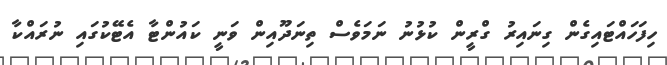
ހިފަހައްޓައިގެން ގިނައިރު ގްރީން ކުޅުނު ނަމަވެސް ތިނަދޫއިން ވަނީ ކައުންޓާ އެޓޭކުގައި ނުރައްކާ